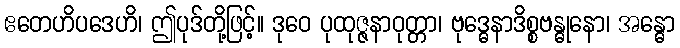
ဧတေဟိပဒေဟိ၊ ဤပုဒ်တို့ဖြင့်။ ဒုဝေ ပုထုဇ္ဇနာဝုတ္တာ၊ ဗုဒ္ဓေနာဒိစ္စဗန္ဓုနော၊ အန္ဓော